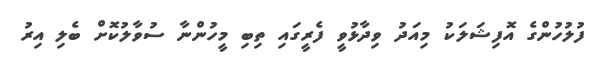
ފުލުހުންގެ އޮފިޝަލަކު މިއަދު ވިދާޅުވީ ފެރީގައި ތިބި މީހުންނާ ސުވާލުކޮށް ބެލި އިރު